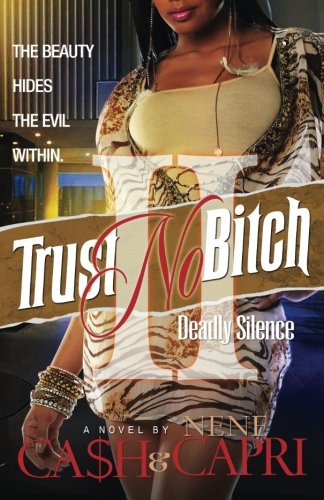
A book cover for Trust No Bitch 2 (Volume 2); Ca$h; Literature & Fiction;